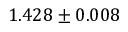
1 . 4 2 8 \pm 0 . 0 0 8